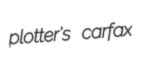
plotter's carfax